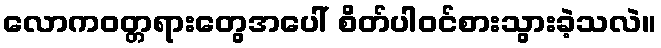
လောကဝတ္တရားတွေအပေါ် စိတ်ပါဝင်စားသွားခဲ့သလဲ။